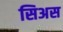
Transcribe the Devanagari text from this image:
सिअस